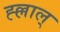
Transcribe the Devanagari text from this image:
ह्ल्लाल्